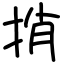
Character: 捎